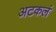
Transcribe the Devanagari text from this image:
अटकलं